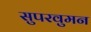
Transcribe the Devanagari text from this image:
सुपरवुमन